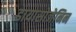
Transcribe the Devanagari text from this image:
डायासोजेनिन